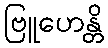
ဗြူဟေန္တိ